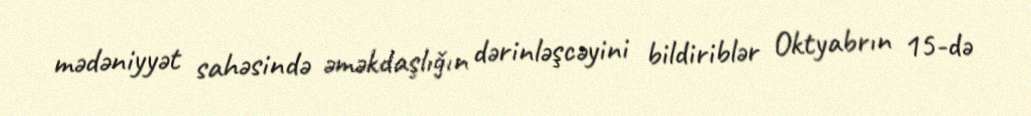
mədəniyyət sahəsində əməkdaşlığın dərinləşcəyini bildiriblər Oktyabrın 15-də